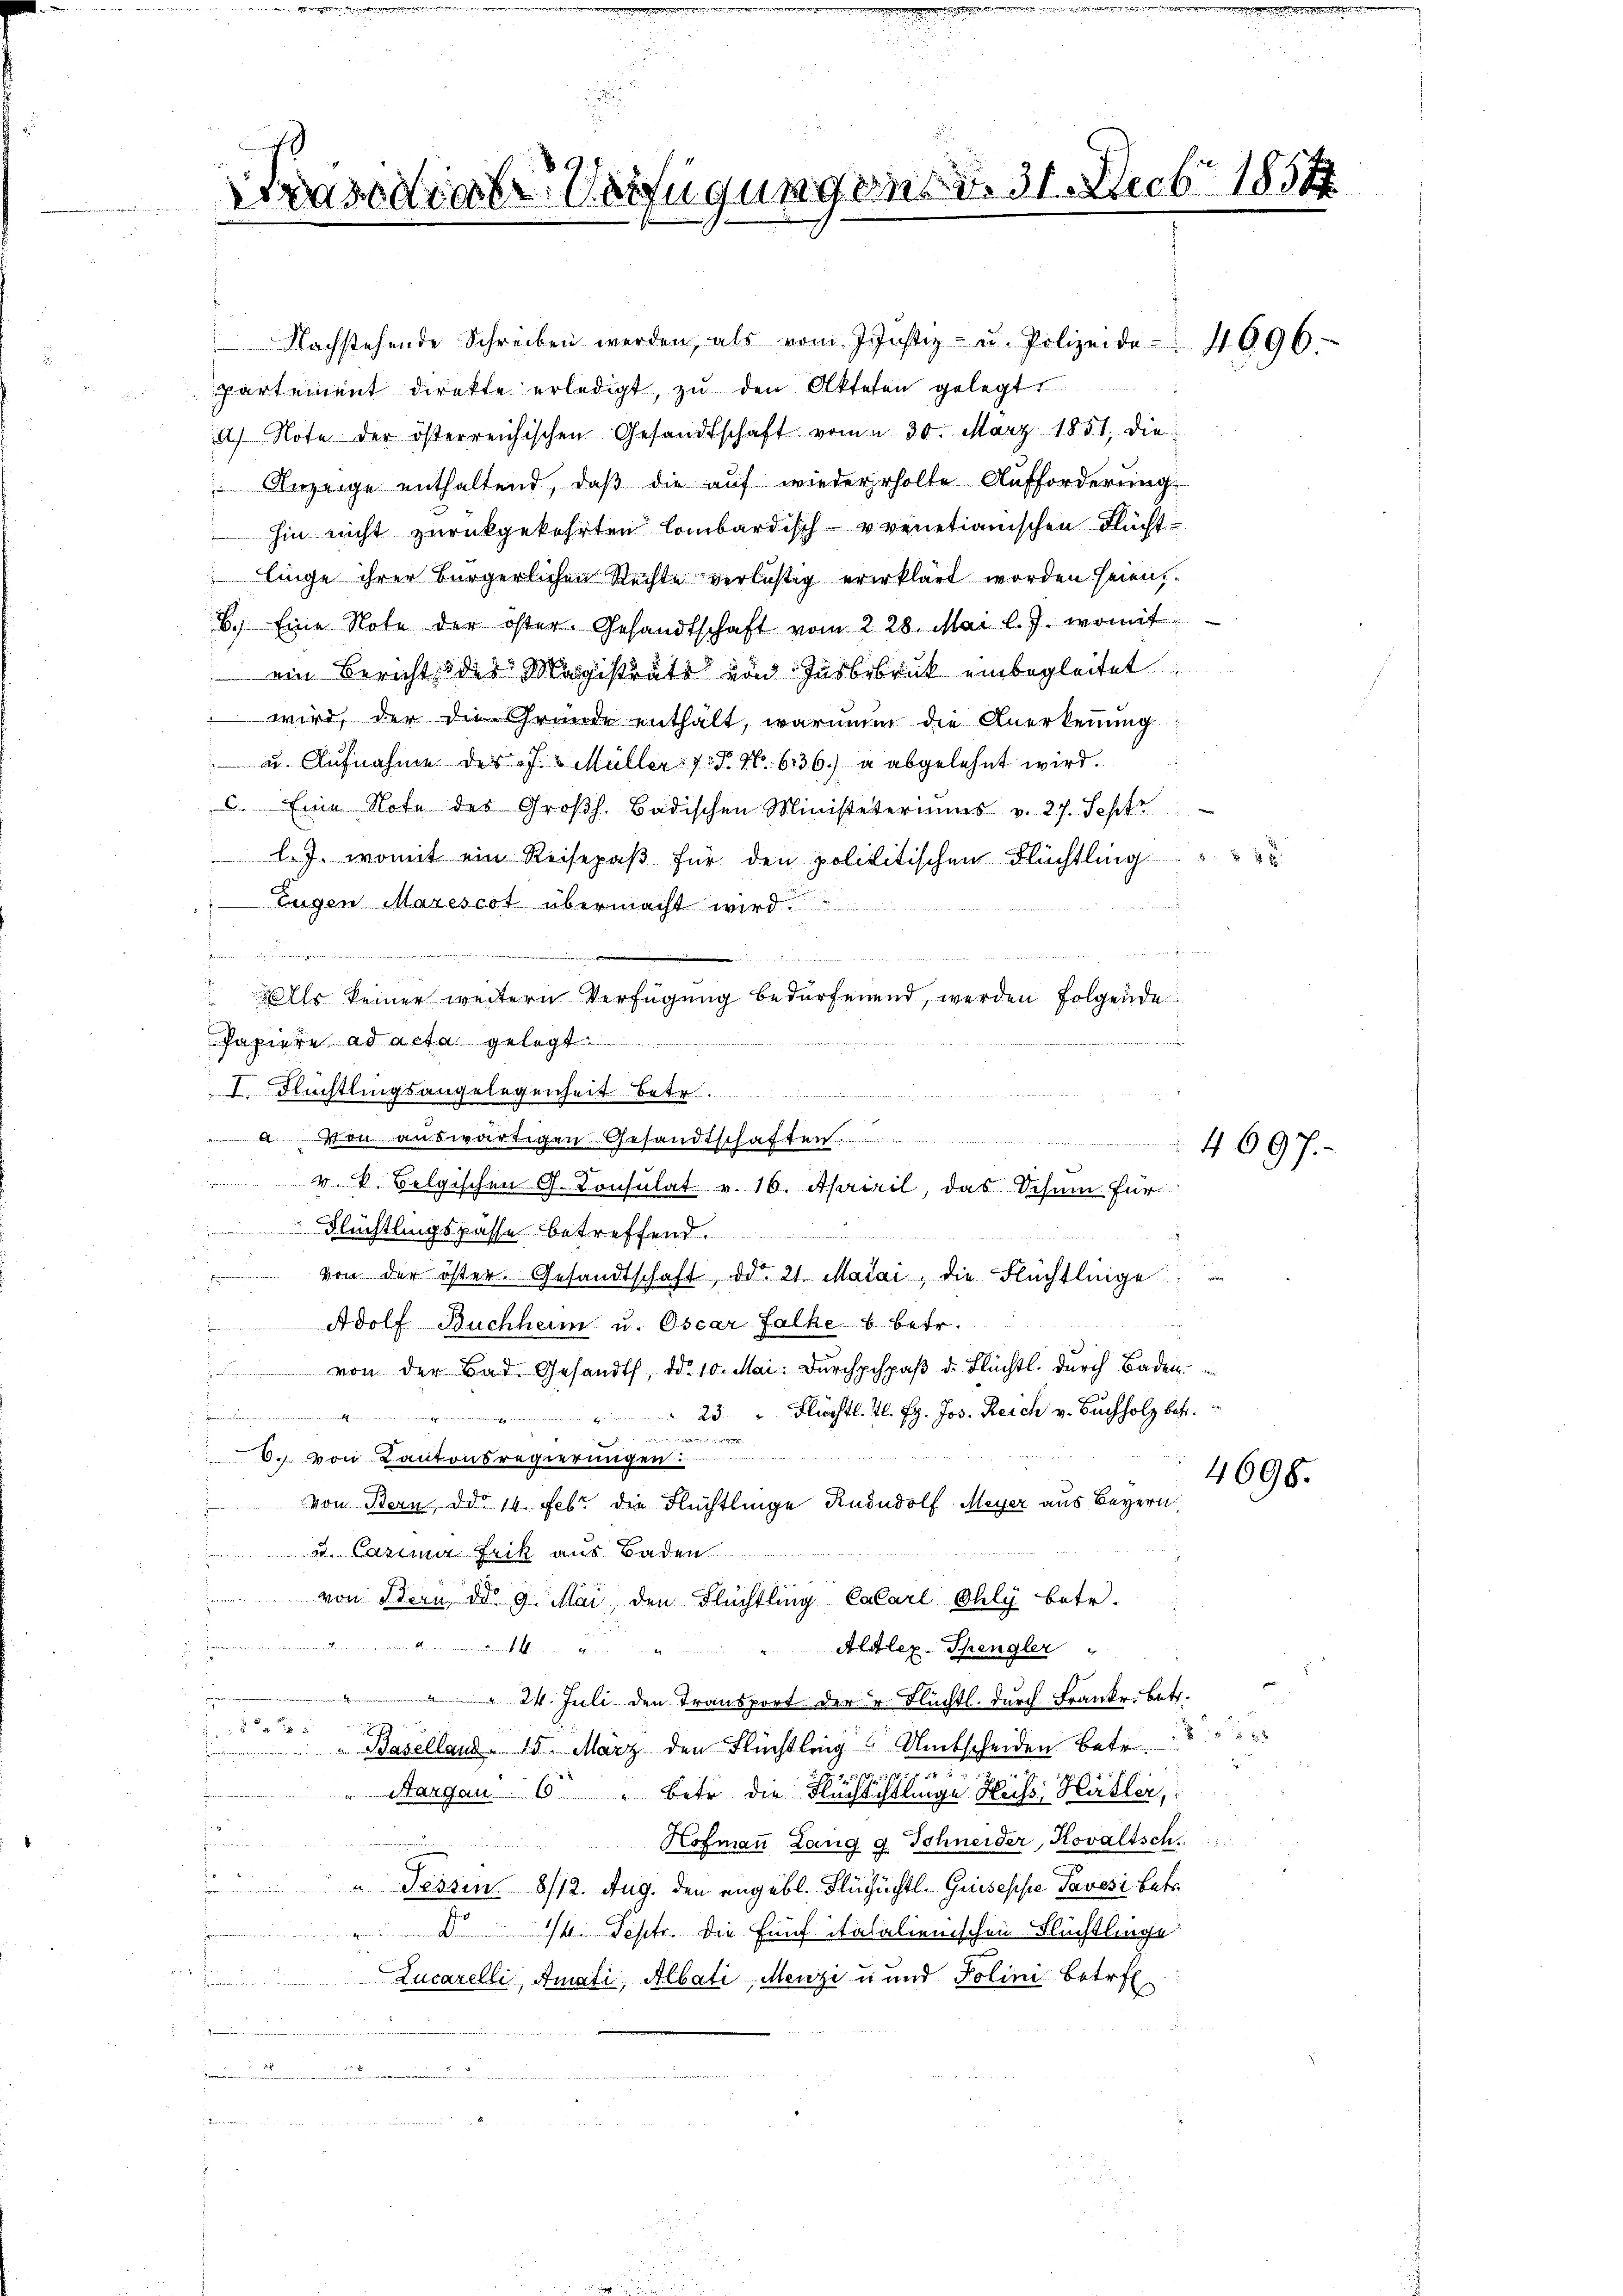
Präsidial-Verfügungen d. 31. Decbr 1854

Nachstehende Schreiben werden, als vom Justiz- u. Polizeide 4096.
partement direkte erledigt, zu den Akteten gelegt
a) Note der österreichischen Gesandtschaft vom 30. März 1851, die
Anzeige enthaltend, daß die auf wiederholte Aufforderung
hin nicht zurückgekehrten lombardisch-vvenetianischen Flucht u
 inge ihrer Bürgerlichen Rechte verlichtig ererklärt worden seien,
B.) Eine Note der öster. Gesandtschaft vom 228. Mai l. J. womit
 ein Bericht des Magistrats von Jusbebruck einbegleitet
wird, der die Grunde enthält, warumm die Anerkennung
 u. Aufnahme der J. Müller - 7. P. Nr. 636. a abgelehnt wird.
c. Eine Note des Großh. Badischen Ministeteriums v. 27. Sept
l.J. womit ein Reisepaß für den polititischen Flüchtling
n
Eugen Marescot übermacht wird.
ls keiner weitern Verfügung bedürfenend, werden Folgende
Papiere ad acta gelegt
I. Flüchtlingsangelegenheit betr.
 on auswärtigen Gesandtschaften.
v. k. Belgischen G. Consulat v. 16. Apriril, das Schum für
Flüchtlingspasse betreffend.
von der öster. Gesandtschaft d. 21. Maiai, die Flüchtlinge
Adolf Buchheim u. Oscar Falke b. betr.
von der Bad. Gesandts, d. 10. Mai: Dŭrchpchpaβ d. Flüchtl. durch Baden.
2 Flüchtl. 40. Fr. Jos. Reich v. Buchholz betr.

6. von Kantonsregierungen:
von Bern, das 14. Febr. die Flüchtlinge Rududolf Meyer aus Beyern
u. Casima Frik aus Baden
von Bern ddo 9. Mai, den Flüchtling Calarl Ohly betr.
.
Altlex-Thengler "
 24. Juli den Transport der u. Flüchtl. durch Frankr. betr.
.
 25
f 12 x
 " Baselland - 15. März den Flüchtling Amtscheiden Betr.

w
argau. 6 " betr. die Flüchtistlinge Hüss: Hüsler,
Hofmann Lang g Schneider, Kovaltsch
s
" Tessin 8/12. Aug. den angebl. Flüchüchtl. Griesesse Pavesi betr.
d 16. Septr. die Einf italalienischen Flüchtlinge
Lucarelli, Amati, Albati, Menzi u und Polini betr.
.
.

u

4697

2 x

4698.